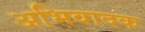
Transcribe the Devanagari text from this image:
अभिवादक